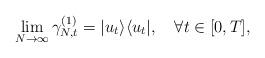
LaTeX: \begin{align*}\lim_{N\rightarrow\infty}\gamma^{(1)}_{N,t}=|u_t\rangle\langle u_t|,\quad\forall t\in[0,T],\end{align*}